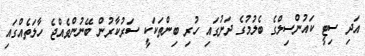
އަދި ސިޓީ ކައުންސިލްގެ ބެލުމުގެ ދަށުގައި ހުރި ބިންތަކަކީ ސަރުކާރުން ބޭނުންވެއްޖެ ހާލަތެއްގައި